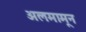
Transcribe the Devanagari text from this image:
अलमामून